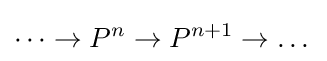
\dots \to P^{n}\to P^{n+1}\to \dots